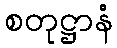
စတုဋ္ဌာနံ